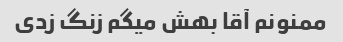
ممنونم آقا بهش میگم زنگ زدی